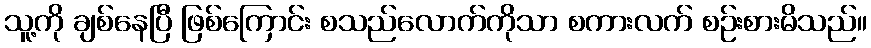
သူ့ကို ချစ်နေပြီ ဖြစ်ကြောင်း စသည်လောက်ကိုသာ စကားလက် စဉ်းစားမိသည်။